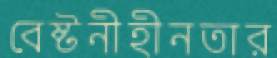
বেষ্টনীহীনতার